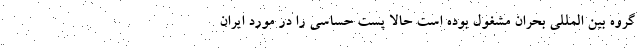
گروه بین المللی بحران مشغول بوده است حالا پست حساسی را در مورد ایران